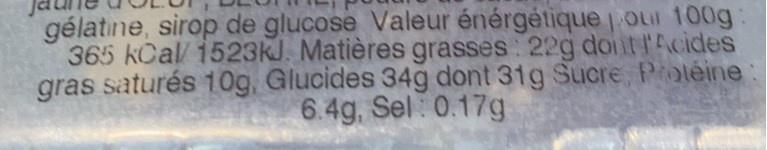
gélatine, sirop de glucose Valeur énérgétique OLr 100g 365 kCal/ 1523KJ. Matières grasses: 22g dointlAcides gras saturés 10g, Glucides 34g dont 31g Sucre, Protéine 6.4g, Sel 0.17g